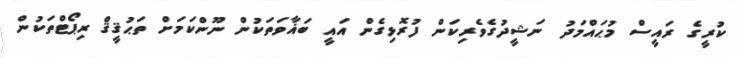
ކުރީގެ ރައީސް މުޙައްމަދު ނަޝީދުގެވެރިކަން ފުރޮޅިގެން އައީ ބަޣާވަތަކުން ނޫންކަމަށް ތަޙުޤީޤް ރިޕޯޓްތަކުން